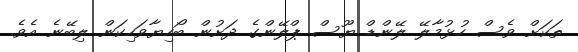
ތަކަށް ވެސް ހުޅުމާލޭ ލޭންޑް ޔޫސް ޕްލޭންގެ ދަށުން ބޯހިޔާވަހިކަން ލިބޭނެ އެވެ.